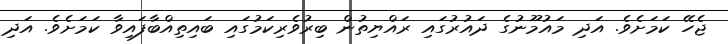
ޖެހޭ ކަމަށެވެ. އަދި މައުމޫނުގެ ދައުރުގައި ރައްޔިތުން ބިރުވެރިކަމުގައި ބައިތިއްބާފައިވާ ކަމަށެވެ. އަދި